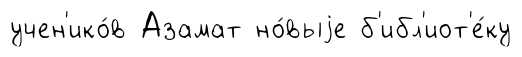
учен'ико́в Азамат но́выjе б'ибл'иот'е́ку